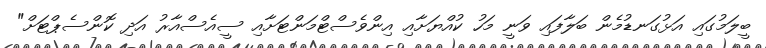
ބީލަމުގައި އަޅުގަނޑުމެން ބަލާފައި ވަނީ މަހު ކުއްޔަށާއި އިންވެސްޓްމަންޓަށާއި ސީއެސްއާރު އަދި ކޮންސެޕްޓަށް"